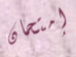
إمتحان